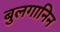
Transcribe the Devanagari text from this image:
बुलगानिन